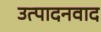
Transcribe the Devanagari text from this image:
उत्पादनवाद